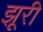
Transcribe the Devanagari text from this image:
झूरी